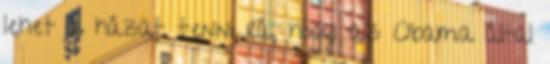
lehet a házat tenni rá, hogy az Obama által